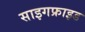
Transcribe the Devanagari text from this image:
साइगफ्राइड